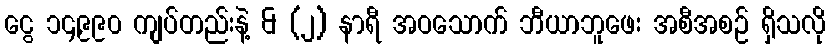
ငွေ ၁၄,၉၉၀ ကျပ်တည်းနဲ့ & (၂) နာရီ အဝသောက် ဘီယာဘူဖေး အစီအစဉ် ရှိသလို